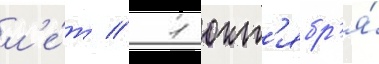
л'е́т // 1 окт'ябр'я́